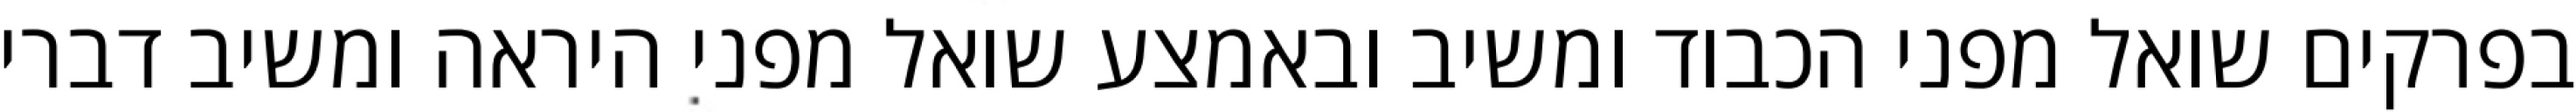
בפרקים שואל מפני הכבוד ומשיב ובאמצע שואל מפני היראה ומשיב דברי